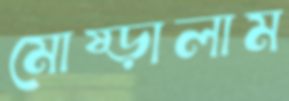
মোষ্‌ড়ালাম